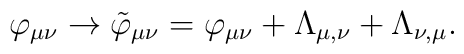
\varphi_{\mu\nu} \rightarrow \tilde{\varphi}_{\mu\nu} = \varphi_{\mu\nu} +\Lambda_{\mu ,\nu} + \Lambda_{\nu , \mu} .